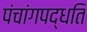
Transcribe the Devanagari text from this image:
पंचांगपद्धति